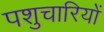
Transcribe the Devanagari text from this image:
पशुचारियों